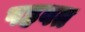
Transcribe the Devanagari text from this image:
षहवत